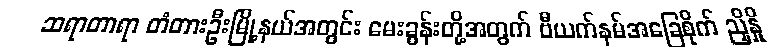
ဆရာတာရာ တံတားဦးမြို့နယ်အတွင်း မေးခွန်းတို့အတွက် ဗီယက်နမ်အခြေစိုက် ညှိနှို